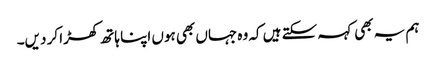
ہم یہ بھی کہہ سکتے ہیں کہ وہ جہاں بھی ہوں اپنا ہاتھ کھڑا کر دیں۔